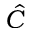
\hat { C }